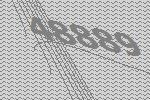
48889